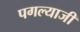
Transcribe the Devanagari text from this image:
पगल्याजी